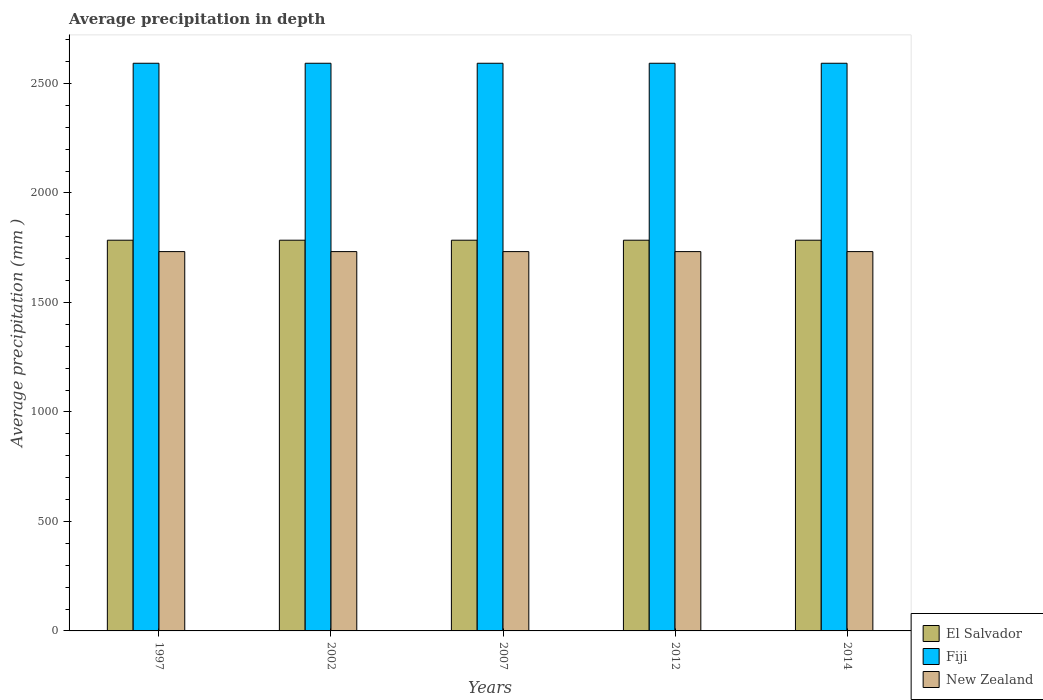
| Years | El Salvador | Fiji | New Zealand |
 | --- | --- | --- | --- |
 | 1997 | 1.78e+03 | 2.59e+03 | 1.73e+03 |
 | 2002 | 1.78e+03 | 2.59e+03 | 1.73e+03 |
 | 2007 | 1.78e+03 | 2.59e+03 | 1.73e+03 |
 | 2012 | 1.78e+03 | 2.59e+03 | 1.73e+03 |
 | 2014 | 1.78e+03 | 2.59e+03 | 1.73e+03 |